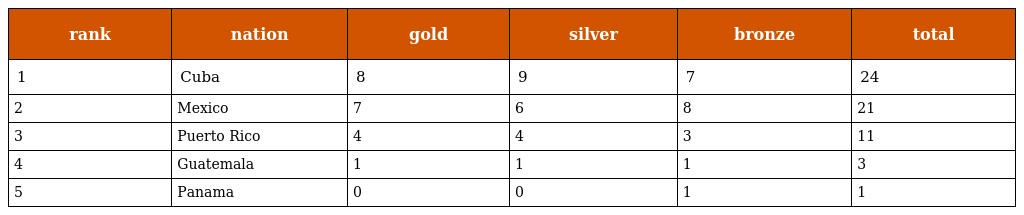
| rank | nation | gold | silver | bronze | total |
 | --- | --- | --- | --- | --- | --- |
 | 1 | Cuba | 8 | 9 | 7 | 24 |
 | 2 | Mexico | 7 | 6 | 8 | 21 |
 | 3 | Puerto Rico | 4 | 4 | 3 | 11 |
 | 4 | Guatemala | 1 | 1 | 1 | 3 |
 | 5 | Panama | 0 | 0 | 1 | 1 |